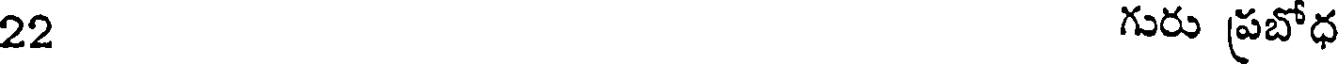
22 గురు ప్రబోధ